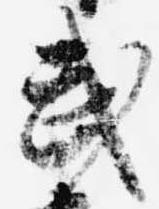
武